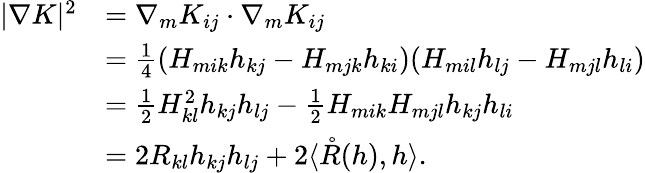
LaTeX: \begin{array}{rl}{|\nabla K|^{2}}&{=\nabla_{m}K_{ij}\cdot\nabla_{m}K_{ij}}\\ &{=\frac{1}{4}(H_{mik}h_{kj}-H_{mjk}h_{ki})(H_{mil}h_{lj}-H_{mjl}h_{li})}\\ &{=\frac{1}{2}H_{kl}^{2}h_{kj}h_{lj}-\frac{1}{2}H_{mik}H_{mjl}h_{kj}h_{li}}\\ &{=2R_{kl}h_{kj}h_{lj}+2\langle\mathring{R}(h),h\rangle.}\end{array}